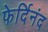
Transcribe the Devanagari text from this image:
फेर्दिनंद